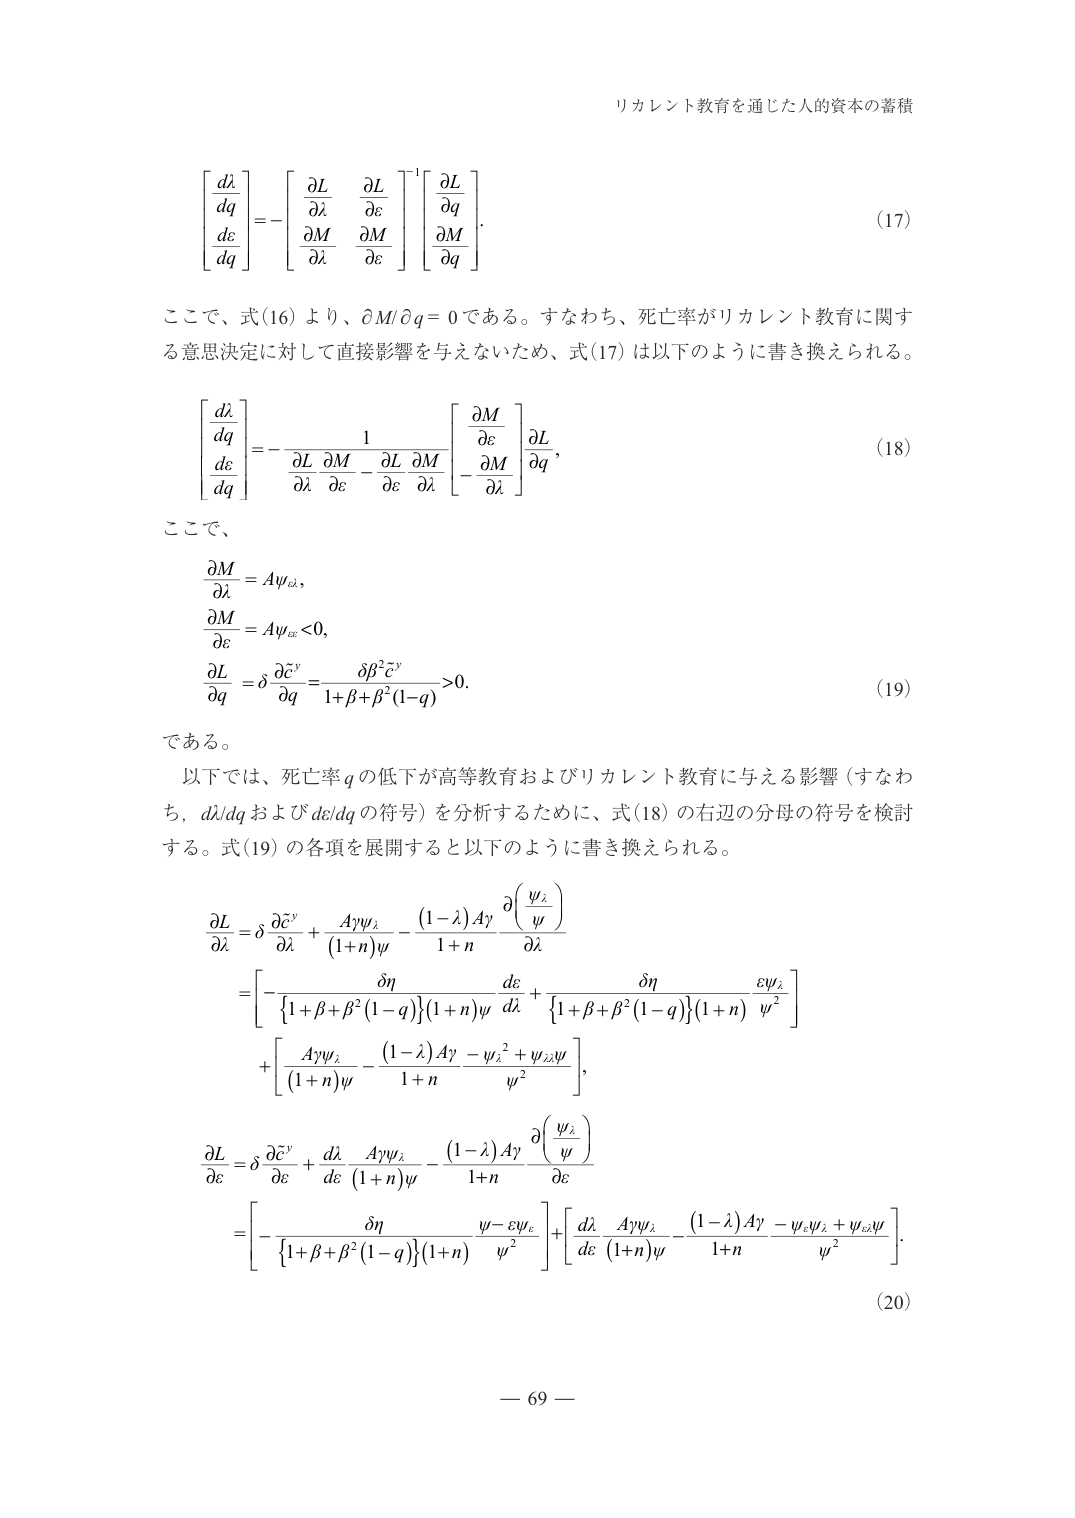
リカレント教育を通じた人的資本の蓄積

\[
\begin{bmatrix}
\frac{d\lambda}{dq} \\
\frac{d\varepsilon}{dq}
\end{bmatrix}
= -
\begin{bmatrix}
\frac{\partial L}{\partial \lambda} & \frac{\partial L}{\partial \varepsilon} \\
\frac{\partial M}{\partial \lambda} & \frac{\partial M}{\partial \varepsilon}
\end{bmatrix}^{-1}
\begin{bmatrix}
\frac{\partial L}{\partial q} \\
\frac{\partial M}{\partial q}
\end{bmatrix}.
\tag{17}
\]

ここで、式(16)より、\(\partial M/\partial q = 0\)である。すなわち、死亡率がリカレント教育に関する意思決定に対して直接影響を与えないため、式(17)は以下のように書き換えられる。

\[
\begin{bmatrix}
\frac{d\lambda}{dq} \\
\frac{d\varepsilon}{dq}
\end{bmatrix}
= -
\frac{1}
{\frac{\partial L}{\partial \lambda} \frac{\partial M}{\partial \varepsilon} - \frac{\partial L}{\partial \varepsilon} \frac{\partial M}{\partial \lambda}}
\begin{bmatrix}
\frac{\partial M}{\partial \varepsilon} \\
- \frac{\partial M}{\partial \lambda}
\end{bmatrix}
\frac{\partial L}{\partial q},
\tag{18}
\]

ここで、

\[
\frac{\partial M}{\partial \lambda} = A\psi_{\lambda},
\]
\[
\frac{\partial M}{\partial \varepsilon} = A\psi_{\varepsilon} < 0,
\]
\[
\frac{\partial L}{\partial q} = \delta \frac{\partial \tilde{c}^y}{\partial q} = \frac{\delta \beta^2 \tilde{c}^y}{1 + \beta + \beta^2 (1 - q)} > 0.
\tag{19}
\]

である。

以下では、死亡率\(q\)の低下が高等教育およびリカレント教育に与える影響（すなわち、\(d\lambda/dq\)および\(d\varepsilon/dq\)の符号）を分析するために、式(18)の右辺の分母の符号を検討する。式(19)の各項を展開すると以下のように書き換えられる。

\[
\frac{\partial L}{\partial \lambda}
= \delta \frac{\partial \tilde{c}^y}{\partial \lambda}
+ \frac{A\gamma\psi_{\lambda}}{(1 + n)\psi}
- \frac{(1 - \lambda)A\gamma}{1 + n} \frac{\partial \left( \frac{\psi_{\lambda}}{\psi} \right)}{\partial \lambda}
\]
\[
= \left[ - \frac{\delta\eta}{\left\{1 + \beta + \beta^2 (1 - q)\right\}(1 + n)\psi} \frac{d\varepsilon}{d\lambda}
+ \frac{\delta\eta}{\left\{1 + \beta + \beta^2 (1 - q)\right\}(1 + n)} \frac{\varepsilon\psi_{\lambda}}{\psi^2} \right]
\]
\[
+ \left[ \frac{A\gamma\psi_{\lambda}}{(1 + n)\psi}
- \frac{(1 - \lambda)A\gamma}{1 + n} \frac{-\psi_{\lambda}^2 + \psi_{\lambda\lambda}\psi}{\psi^2} \right],
\]

\[
\frac{\partial L}{\partial \varepsilon}
= \delta \frac{\partial \tilde{c}^y}{\partial \varepsilon}
+ \frac{d\lambda}{d\varepsilon} \frac{A\gamma\psi_{\lambda}}{(1 + n)\psi}
- \frac{(1 - \lambda)A\gamma}{1 + n} \frac{\partial \left( \frac{\psi_{\lambda}}{\psi} \right)}{\partial \varepsilon}
\]
\[
= \left[ - \frac{\delta\eta}{\left\{1 + \beta + \beta^2 (1 - q)\right\}(1 + n)} \frac{\psi - \varepsilon\psi_{\varepsilon}}{\psi^2} \right]
+ \left[ \frac{d\lambda}{d\varepsilon} \frac{A\gamma\psi_{\lambda}}{(1 + n)\psi}
- \frac{(1 - \lambda)A\gamma}{1 + n} \frac{-\psi_{\lambda}\psi_{\varepsilon} + \psi_{\lambda\varepsilon}\psi}{\psi^2} \right].
\tag{20}
\]

— 69 —